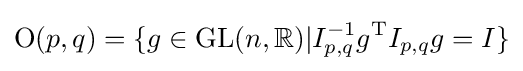
\mathrm {O} (p,q)=\{g\in \mathrm {GL} (n,\mathbb {R} )|I_{p,q}^{-1}g^{\mathrm {T} }I_{p,q}g=I\}